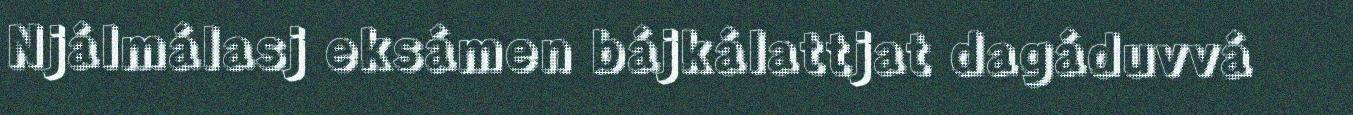
Njálmálasj eksámen bájkálattjat dagáduvvá